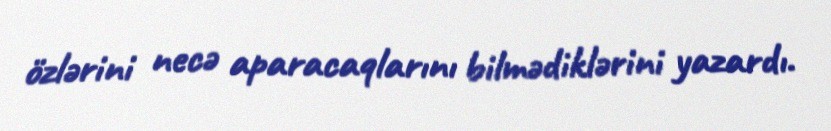
özlərini necə aparacaqlarını bilmədiklərini yazardı.